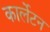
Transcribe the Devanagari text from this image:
कार्लेटन